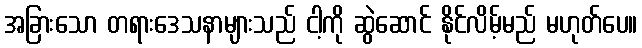
အခြားသော တရားဒေသနာများသည် ငါ့ကို ဆွဲဆောင် နိုင်လိမ့်မည် မဟုတ်ပေ။